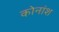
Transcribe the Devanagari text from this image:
कोनांश